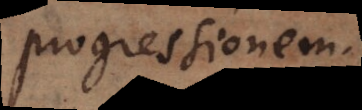
progressionem.